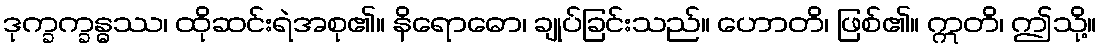
ဒုက္ခက္ခန္ဓဿ၊ ထိုဆင်းရဲအစု၏။ နိရောဓော၊ ချုပ်ခြင်းသည်။ ဟောတိ၊ ဖြစ်၏။ ဣတိ၊ ဤသို့။